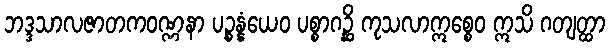
ဘဒ္ဒသာလဇာတကဝဏ္ဏနာ ပဉ္စန္နံယေဝ ပစ္စာဂဉ္ဆိ ကုသလာဣစ္စေဝ ဣသိ ဂတျတ္ထာ